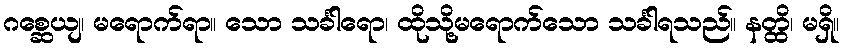
ဂစ္ဆေယျ၊ မရောက်ရာ။ သော သင်္ခါရော၊ ထိုသို့မရောက်သော သင်္ခါရသည်။ နတ္ထိ၊ မရှိ။